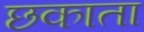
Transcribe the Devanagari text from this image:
छकाता